Indian journal of veterinary science and animal husbandry - Volumes 18-21, 1948-1951
Year: 1948
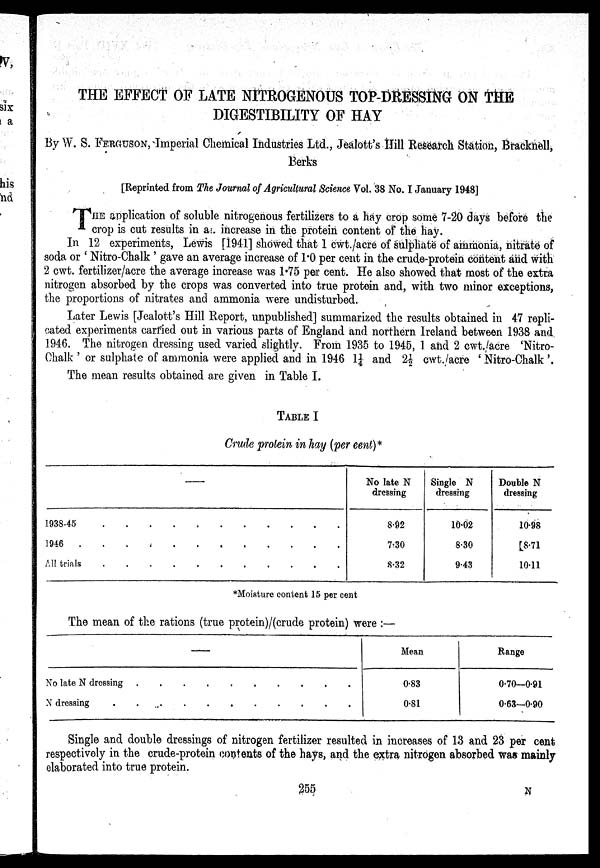
THE EFFECT OF LATE NITROGENOUS TOP-DRESSING ON THE
DIGESTIBILITY OF HAY
By W. S. FERGUSON, Imperial Chemical Industries Ltd., Jealott's Hill Research Station, Bracknell,
Berks
[Reprinted from The Journal of Agricultural Science Vol. 38 No. I January 1948]
THE application of soluble nitrogenous fertilizers to a hay crop some 7-20 days before the
crop is cut results in an increase in the protein content of the hay.
In 12 experiments, Lewis [1941] showed that 1 cwt./acre of sulphate of ammonia, nitrate of
soda or ' Nitro-Chalk ' gave an average increase of 1.0 per cent in the crude-protein content and with
2 cwt. fertilizer/acre the average increase was 1.75 per cent. He also showed that most of the extra
nitrogen absorbed by the crops was converted into true protein and, with two minor exceptions,
the proportions of nitrates and ammonia were undisturbed.
Later Lewis [Jealott's Hill Report, unpublished] summarized the results obtained in 47 repli-
cated experiments carried out in various parts of England and northern Ireland between 1938 and
1946. The nitrogen dressing used varied slightly. From 1935 to 1945, 1 and 2 cwt./acre 'Nitro-
Chalk ' or sulphate of ammonia were applied and in 1946 1¼ and 2½ cwt./acre ' Nitro-Chalk '.
The mean results obtained are given in Table I.
TABLE I
Crude protein in hay (per cent)*
1938-45 . . . . . . . . . . .
1946 . . . . . . . . . . . . . .
All trials
.
.
.
.
.
.
.
.
.
.
.
No late N
dressing
8.92
7.30
8.32
Single N
dressing
10.02
8.30
9.43
Double N
dressing
10.98
8.71
10.11
*Moisture content 15 per cent
The mean of the rations (true protein)/(crude protein) were :—
—
No late N dressing . . . . . . . . . . . .
N dressing . . . . . . . . . . . . . . . . . ..
Mean
0.83
0.81
Range
0.70—0.91
0.63—0.90
Single and double dressings of nitrogen fertilizer resulted in increases of 13 and 23 per cent
respectively in the crude-protein contents of the hays, and the extra nitrogen absorbed was mainly
elaborated into true protein.
255
N